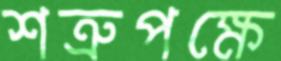
শত্রুপক্ষে